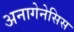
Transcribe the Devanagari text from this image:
अनागेनेसिस